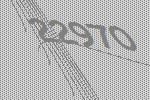
22970